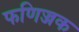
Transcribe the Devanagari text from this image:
फणिज्जक